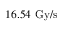
1 6 . 5 4 ~ \mathrm { G y / s }